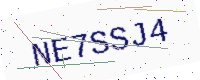
Text: NE7SSJ4